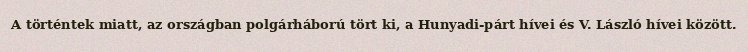
A történtek miatt, az országban polgárháború tört ki, a Hunyadi-párt hívei és V. László hívei között.